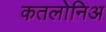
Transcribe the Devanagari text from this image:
कतलोनिअ